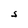
Character: S